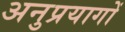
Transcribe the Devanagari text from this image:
अनुप्रयागों